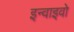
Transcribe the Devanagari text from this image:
इन्वाइवो